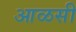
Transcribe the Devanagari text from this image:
आळसी